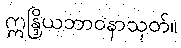
ဣန္ဒြိယဘာဝနာသုတ်။